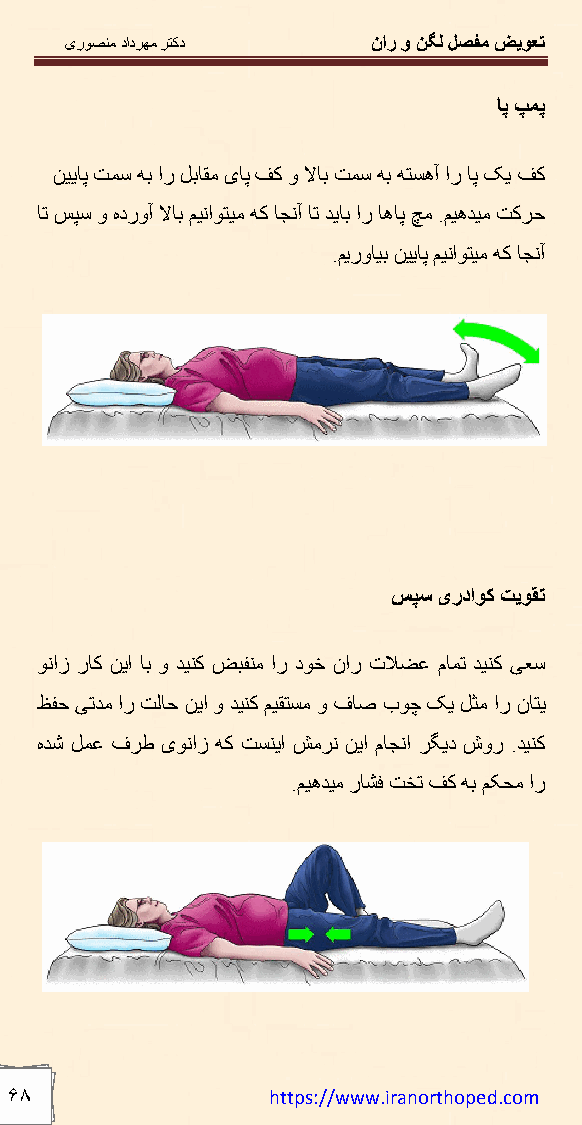
یرﻮﺼﻨﻣ دادﺮﮭﻣ ﺮﺘﮐد   نار و ﻦﮕﻟ ﻞﺼﻔﻣ ﺾﯾﻮﻌﺗ
 ﺎﭘ ﭗﻤﭘ
 ﻦﯿﯾﺎﭘ ﺖﻤﺳ ﮫﺑ ار ﻞﺑﺎﻘﻣ یﺎﭘ ﻒﮐ و ﻻﺎﺑ ﺖﻤﺳ ﮫﺑ ﮫﺘﺴھآ ار ﺎﭘ ﮏﯾ ﻒﮐ
 ﺎﺗ ﺲﭙﺳ و هدروآ ﻻﺎﺑ ﻢﯿﻧاﻮﺘﯿﻣ ﮫﮐ ﺎﺠﻧآ ﺎﺗ ﺪﯾﺎﺑ ار ﺎھﺎﭘ ﭻﻣ .ﻢﯿھﺪﯿﻣ ﺖﮐﺮﺣ
 .ﻢﯾروﺎﯿﺑ ﻦﯿﯾﺎﭘ ﻢﯿﻧاﻮﺘﯿﻣ ﮫﮐ ﺎﺠﻧآ
 ﺲﭙﺳ یرداﻮﮐ ﺖﯾﻮﻘﺗ
 ﻮﻧاز رﺎﮐ ﻦﯾا ﺎﺑ و ﺪﯿﻨﮐ ﺾﺒﻔﻨﻣ ار دﻮﺧ نار تﻼﻀﻋ مﺎﻤﺗ ﺪﯿﻨﮐ ﯽﻌﺳ
 ﻆﻔﺣ ﯽﺗﺪﻣ ار ﺖﻟﺎﺣ ﻦﯾا و ﺪﯿﻨﮐ ﻢﯿﻘﺘﺴﻣ و فﺎﺻ بﻮﭼ ﮏﯾ ﻞﺜﻣ ار نﺎﺘﯾ
 هﺪﺷ ﻞﻤﻋ فﺮط یﻮﻧاز ﮫﮐ ﺖﺴﻨﯾا ﺶﻣﺮﻧ ﻦﯾا مﺎﺠﻧا ﺮﮕﯾد شور .ﺪﯿﻨﮐ
 .ﻢﯿھﺪﯿﻣ رﺎﺸﻓ ﺖﺨﺗ ﻒﮐ ﮫﺑ ﻢﮑﺤﻣ ار
 ۶٨                https://www.iranorthoped.com